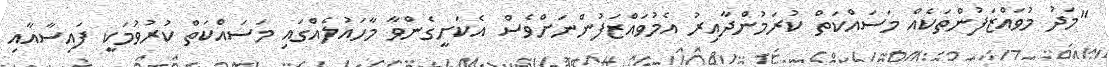
"މަދު މުވައްޒަފުންތަކެއް މަސައްކަތް ކުރަމުންދާއިރު އެމުވައްޒަފުންނަަށްވެސް އެކަށީގެންވާ މާހައުލެއްގައި މަސައްކަތް ކުރުވުމަކީ ފައިސާއާއި